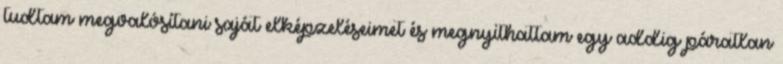
tudtam megvalósítani saját elképzeléseimet és megnyithattam egy addig páratlan